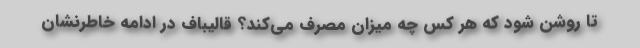
تا روشن شود که هر کس چه میزان مصرف می‌کند؟ قالیباف در ادامه خاطرنشان